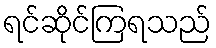
ရင်ဆိုင်ကြရသည်